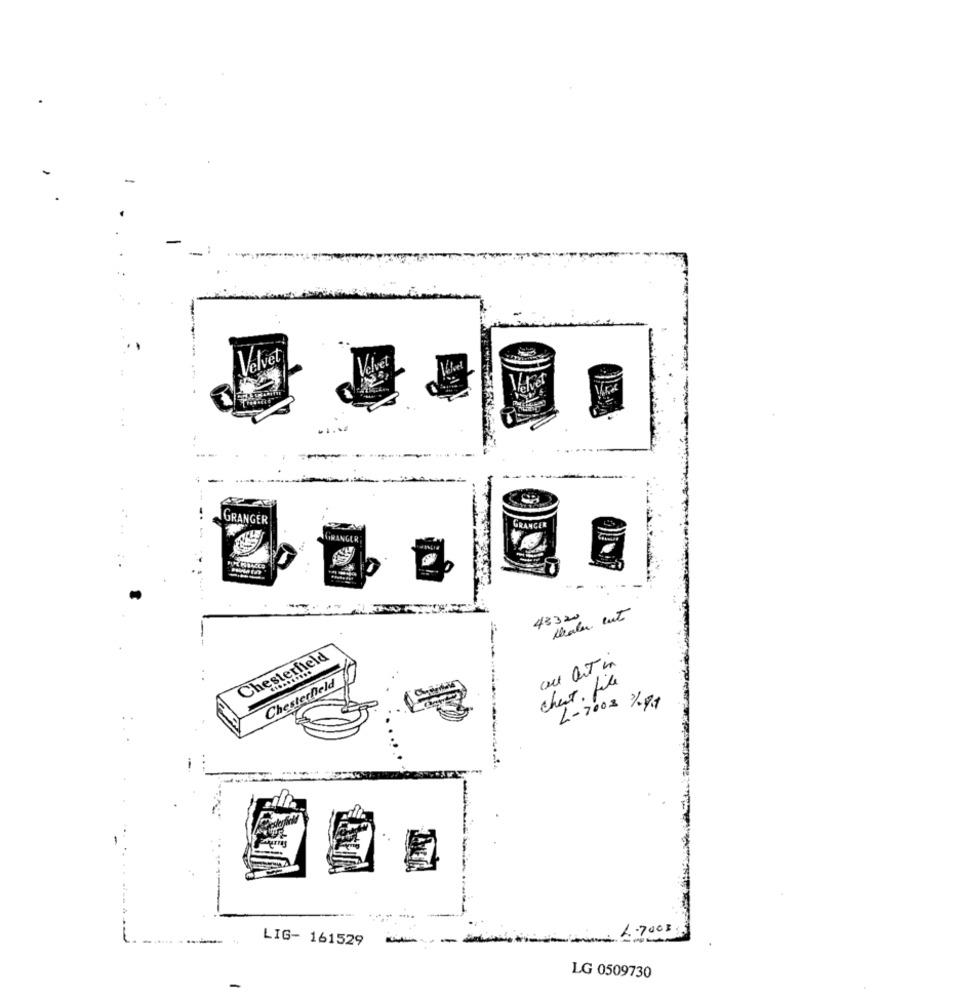
-
-
Velvet
Velvet
.....
------------
GRANGER
GRANGER
VIRANGER
--
Maler cut
43320
Chesterfield
au at in
Chesterheld
chest. file
L-7003 %.94
1.7000;
LIG- 161529
-
LG 0509730